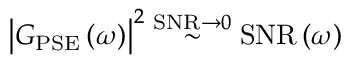
\bigl | G _ { \mathrm { P S E } } \left( \omega \right) \bigr | ^ { 2 } \stackrel { \mathrm { S N R } \to 0 } { \sim } \mathrm { S N R } \left( \omega \right)